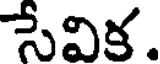
సేవిక.